King Institute of Preventive Medicine Bacteriolog. Section reports 1907-08
Year: 1907
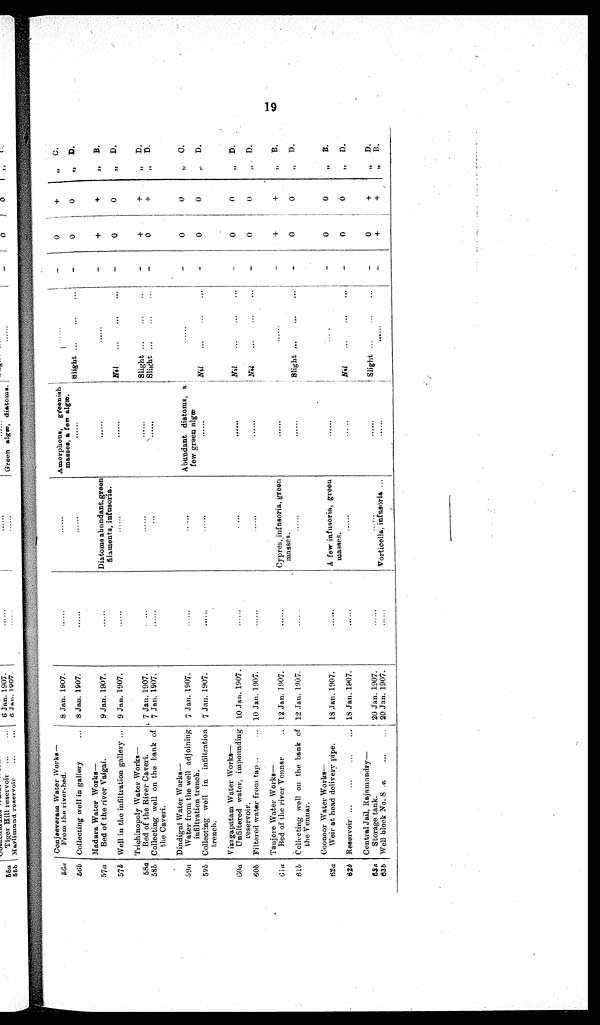
56a
5 6 b
Conjeeverain Water Works—
From the river-bed.
Collecting well in gallery
9 Jan. 1907.
8 Jan. 1907.
. . . . . .
Amorphous, greenish
masses, a fen algae.
1
Slight ...
...
...
—
—
0
0
+
0
„
C.
, ,
D.
57a
5 7 b
Madura Water Works
—
Bed of' the river Vaigai.
Well in the infiltration gallery ...
9 Jan. 1907.
9 Jan. 1907.
Diatoms abundant,green
filaments, infusoria.
Nil
—
+
0
+
0
11
B .,
,
D.
58a
585
Trichinopoly Water Works
—
Bed of the River Caveri.
Collecting well on the bank of
the Caveri.
7 Jan. 1907.
7 Jan . 1907.
.
Slight
...
Slight ...
...
—
—
+
0
+
D
,,
.
,,
D.
59a
595
Dindigul Water
Works—
Water from the well adjoining
infiltration trench.
Collecting well in infiltration
trench.
7 Jan. 1907.
7 Jan. 1907.
Abundant diatoms, a
few green algæ
......
Nil
—
0
0
0
0
, ,
C .
„
D.
60a
60b
Vizagapatam Water Works—
Unfiltered water, impounding
reservoir.
Filtered water from tap ..
10 Jan. 1907.
10 Jan. 1907.
...
Nil
0
0
, ,
D.
6 la
61b
Tanjore Water Works
—
Bed of the river Vennar
..
Collecting well on the bank of
the Vennar.
12 Jan. 1907.
12 Jan. 1907.
......
Cypres, infnsoria, green
masses.
. . . . .
I
Slight ...
...
—
+
0
+
0
,,
B.
17
D.
62a
62bReservoir
Coonoor Water Works
—
Weir at head delivery pipe.
......
..,
...
18 Jan. 1907.
18 Jan. 1907.
......
A few infusoria, green
masses.
,.....
... ..
Nil
—
0
0
0
0
, ,
B.
„
D.
63a
6 3 b
Central Jail,
Rajamundry—
Storage tank.
Well block No. 8
...
20 Jan. 1907.
20 Jan. 1907.
......
Vorticella, infusoria
......
Slight
...
. . . . . .
—
0
+
+
D
,,
11
B .
19